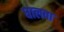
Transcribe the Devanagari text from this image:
घालवा